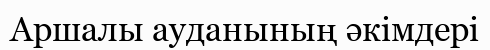
Аршалы ауданының әкімдері